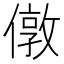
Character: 𠎄